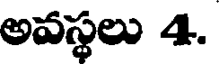
అవస్థలు 4.